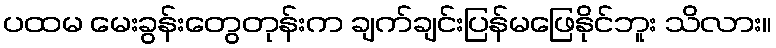
ပထမ မေးခွန်းတွေတုန်းက ချက်ချင်းပြန်မဖြေနိုင်ဘူး သိလား။